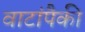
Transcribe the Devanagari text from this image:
वाटांपैकी